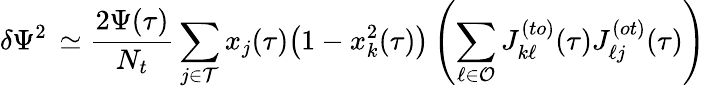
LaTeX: \delta\Psi^{2}\, \simeq\frac{2\Psi(\tau)}{N_{t}}\sum_{j\in\mathcal{T}}x_{j}(\tau)\big(1-x_{k}^{2}(\tau)\big)\left(\sum_{\ell\in\mathcal{O}}J_{k\ell}^{(to)}(\tau)J_{\ell j}^{(ot)}(\tau)\right)